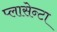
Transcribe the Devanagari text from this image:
प्लासेन्टा